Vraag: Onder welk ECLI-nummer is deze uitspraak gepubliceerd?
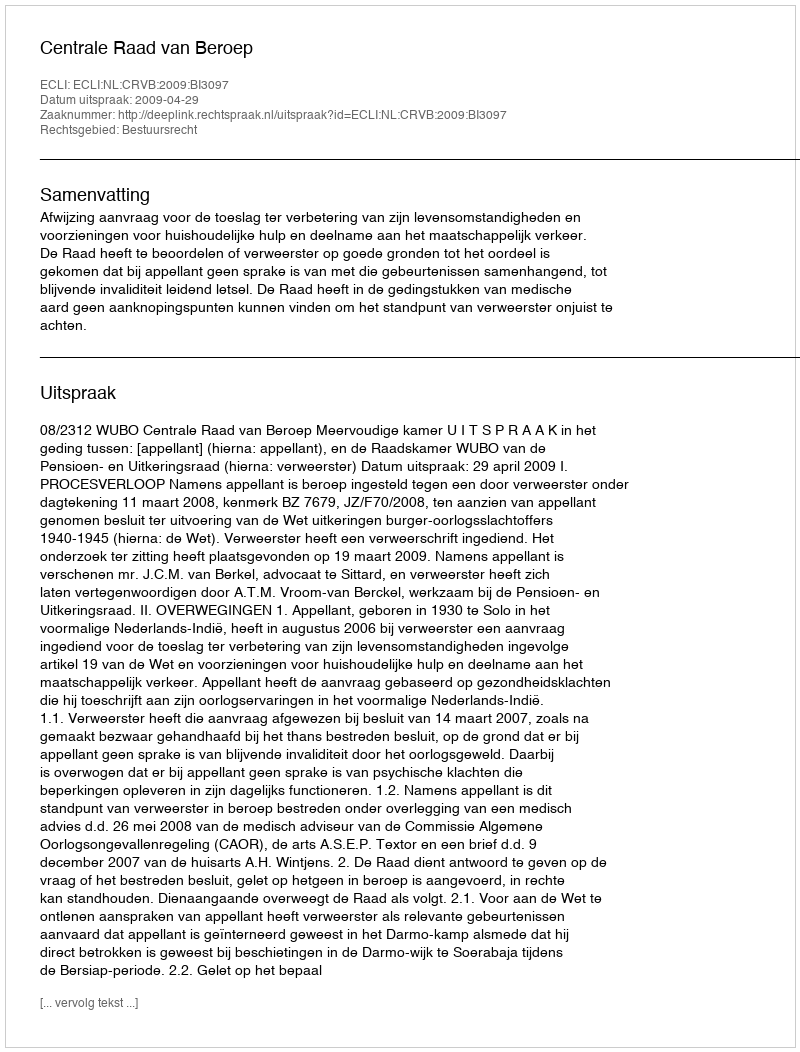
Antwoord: ECLI:NL:CRVB:2009:BI3097